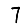
Digit: 7